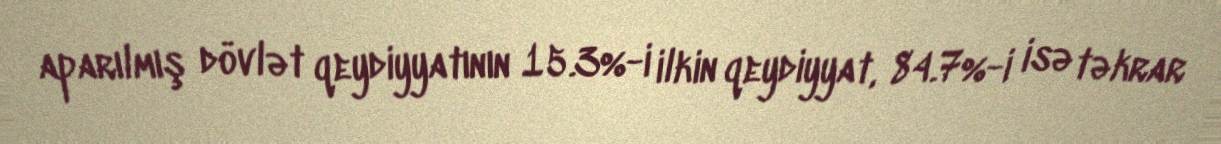
aparılmış dövlət qeydiyyatının 15.3%-i ilkin qeydiyyat, 84.7%-i isə təkrar